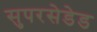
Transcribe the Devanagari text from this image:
सुपरसेडेड